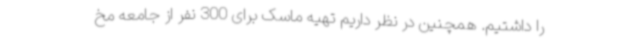
را داشتیم. همچنین در نظر داریم تهیه ماسک برای 300 نفر از جامعه مخ